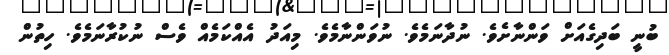
ބުނީ ބަދިގެއަށް ވަންނާށެވެ. ނުދާނަމެވެ. ނުވަންނާމެވެ. މިއަދު އެއްކަމެއް ވެސް ނުކުރާނަމެވެ. ހިތުން